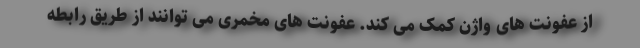
از عفونت های واژن کمک می کند. عفونت های مخمری می توانند از طریق رابطه